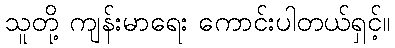
သူတို့ ကျန်းမာရေး ကောင်းပါတယ်ရှင့်။